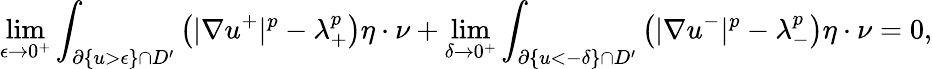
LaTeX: \operatorname*{lim}_{\epsilon\to 0^{+}}\int_{\partial\{ u>\epsilon\} \cap D^{\prime}}\left(|\nabla u^{+}|^{p}-\lambda_{+}^{p}\right)\eta\cdot\nu+\operatorname*{lim}_{\delta\to 0^{+}}\int_{\partial\{ u<-\delta\} \cap D^{\prime}}\left(|\nabla u^{-}|^{p}-\lambda_{-}^{p}\right)\eta\cdot\nu=0,